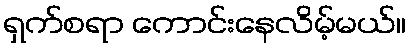
ရှက်စရာ ကောင်းနေလိမ့်မယ်။